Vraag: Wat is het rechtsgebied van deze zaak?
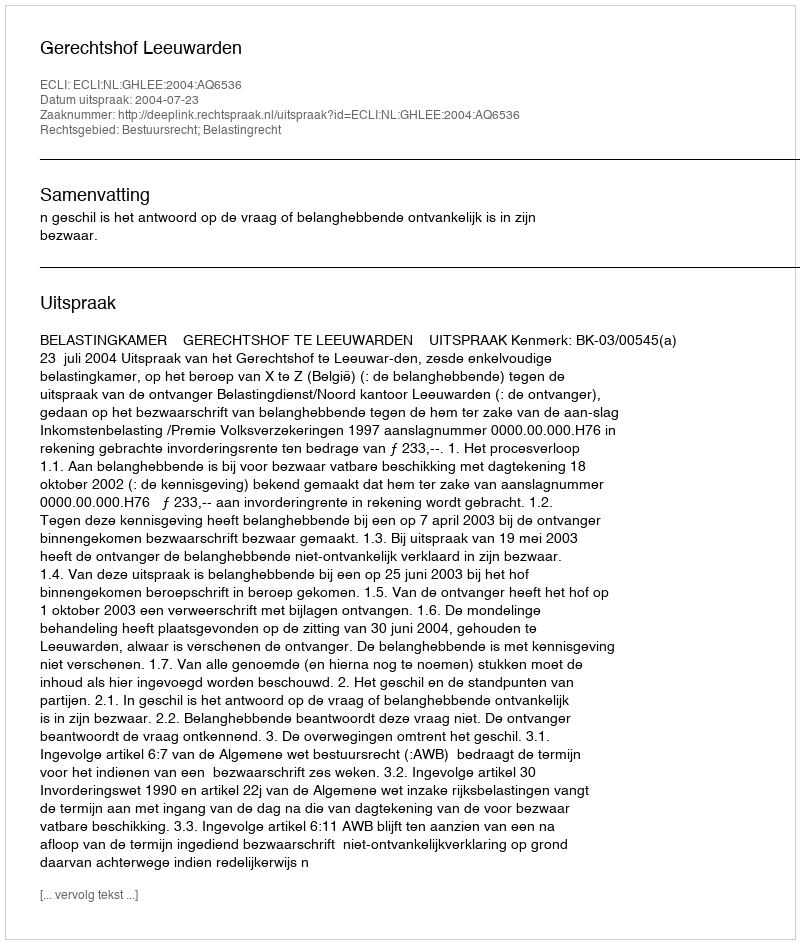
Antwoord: Bestuursrecht; Belastingrecht